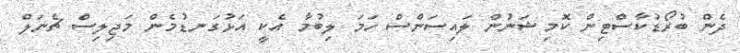
ދެން ބުރޯޑުކާސްޓިން ކޮމިޝަނުން ލައިސަންސް ހަމަ ލިބުމާ އެކީ އަޅުގަނޑުމެން މަޖިލިސް ޗެނަލް